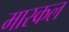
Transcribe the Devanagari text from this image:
मास्कल